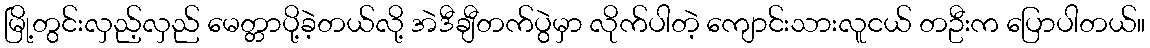
မြို့တွင်းလှည့်လှည် မေတ္တာပို့ခဲ့တယ်လို့ အဲဒီချီတက်ပွဲမှာ လိုက်ပါတဲ့ ကျောင်းသားလူငယ် တဦးက ပြောပါတယ်။